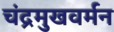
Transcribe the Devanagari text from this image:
चंद्रमुखवर्मन